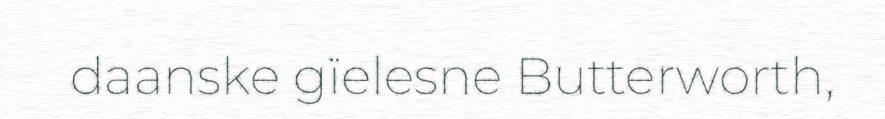
daanske gïelesne Butterworth,